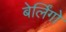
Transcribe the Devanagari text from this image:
बेर्लिंगो